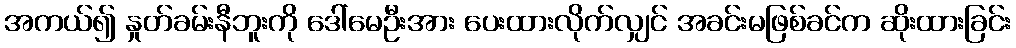
အကယ်၍ နှုတ်ခမ်းနီဘူးကို ဒေါ်မေဦးအား ပေးထားလိုက်လျှင် အခင်းမဖြစ်ခင်က ဆိုးထားခြင်း